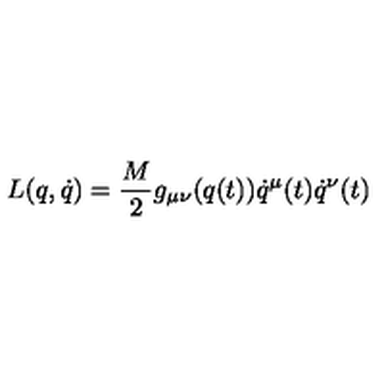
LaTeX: L ( q , \dot { q } ) = \frac { M } { 2 } g _ { \mu \nu } ( q ( t ) ) \dot { q } ^ { \mu } ( t ) \dot { q } ^ { \nu } ( t )